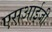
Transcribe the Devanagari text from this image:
एस़आई़जी